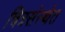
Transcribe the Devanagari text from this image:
चित्रसंस्थेत